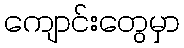
ကျောင်းတွေမှာ